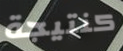
كنتيجة